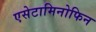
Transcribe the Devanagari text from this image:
एसेटामिनोफिन